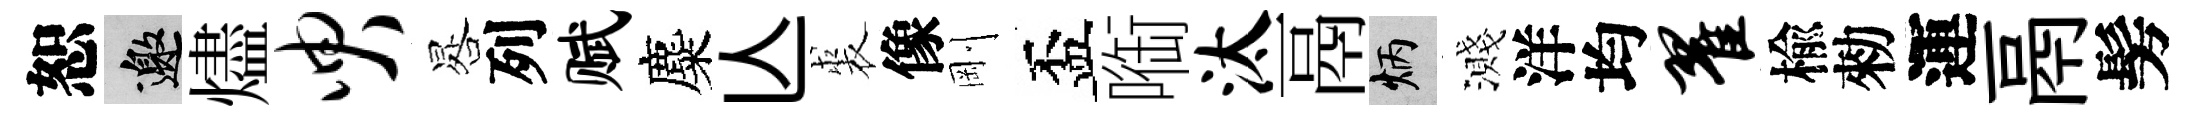
恕邀燼臾晷列赋麋亾裘像剛盃㗸汰鬲炳濺洋均翟楡勑運鬲髣